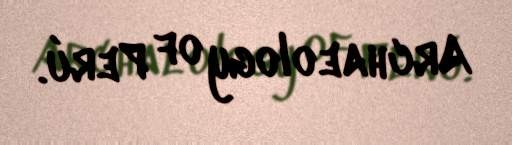
Archaeology of Perú.